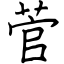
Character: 菅